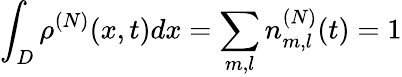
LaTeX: \int_{D}\rho^{(N)}(x,t)dx=\sum_{m,l}n_{m,l}^{(N)}(t)=1